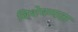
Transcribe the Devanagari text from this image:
विशेषग्यता